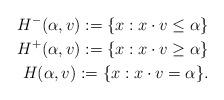
LaTeX: \begin{align*}H^-(\alpha,v):= \{x:x\cdot v\leq\alpha\} \\H^+(\alpha,v):= \{x:x\cdot v\geq\alpha\} \\H(\alpha,v):=\{x:x\cdot v=\alpha\}.\end{align*}